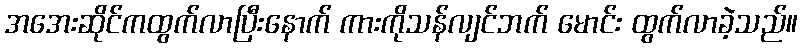
အအေးဆိုင်ကထွက်လာပြီးနောက် ကားကိုသန်လျင်ဘက် မောင်း ထွက်လာခဲ့သည်။